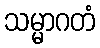
သမ္မာဂတံ